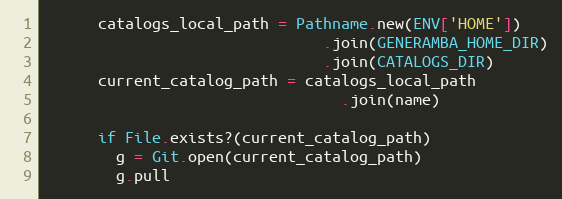
Language: Ruby
      catalogs_local_path = Pathname.new(ENV['HOME'])
                               .join(GENERAMBA_HOME_DIR)
                               .join(CATALOGS_DIR)
      current_catalog_path = catalogs_local_path
                                 .join(name)

      if File.exists?(current_catalog_path)
        g = Git.open(current_catalog_path)
        g.pull